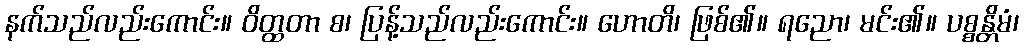
နက်သည်လည်းကောင်း။ ဝိတ္ထတာ စ၊ ပြန့်သည်လည်းကောင်း။ ဟောတိ၊ ဖြစ်၏။ ရညော၊ မင်း၏။ ပစ္စန္တိမံ၊